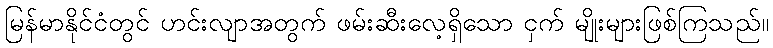
မြန်မာနိုင်ငံတွင် ဟင်းလျာအတွက် ဖမ်းဆီးလေ့ရှိသော ငှက် မျိုးများဖြစ်ကြသည်။